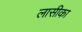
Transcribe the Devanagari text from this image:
लासीका